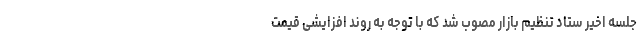
جلسه اخیر ستاد تنظیم بازار مصوب شد که با توجه به روند افزایشی قیمت